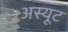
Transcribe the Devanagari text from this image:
अस्यूट